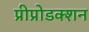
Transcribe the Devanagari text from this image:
प्रीप्रोडक्शन